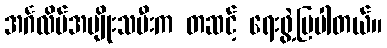
အင်္ဂလိပ်အမျိုးသမီးက တဆင့် ရေးဖွဲ့ပြပါတယ်။